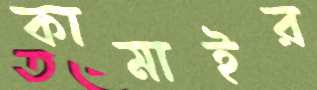
কামাইর